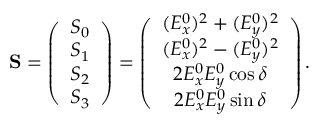
\begin{array} { r } { { \bf S } = \left( \begin{array} { c } { S _ { 0 } } \\ { S _ { 1 } } \\ { S _ { 2 } } \\ { S _ { 3 } } \end{array} \right) = \left( \begin{array} { c } { ( E _ { x } ^ { 0 } ) ^ { 2 } + ( E _ { y } ^ { 0 } ) ^ { 2 } } \\ { ( E _ { x } ^ { 0 } ) ^ { 2 } - ( E _ { y } ^ { 0 } ) ^ { 2 } } \\ { 2 E _ { x } ^ { 0 } E _ { y } ^ { 0 } \cos \delta } \\ { 2 E _ { x } ^ { 0 } E _ { y } ^ { 0 } \sin \delta } \end{array} \right) . } \end{array}